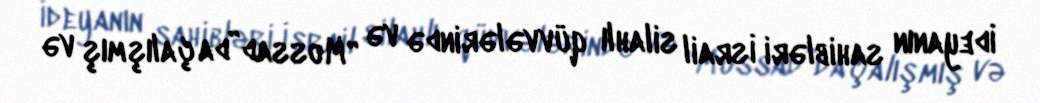
İdeyanın sahibləri İsrail silahlı qüvvələrində və “Mossad”da çalışmış və